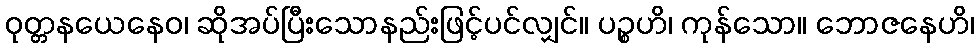
ဝုတ္တနယေနေဝ၊ ဆိုအပ်ပြီးသောနည်းဖြင့်ပင်လျှင်။ ပဉ္စဟိ၊ ကုန်သော။ ဘောဇနေဟိ၊